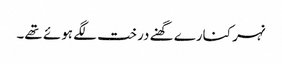
نہر کنارے گھنے درخت لگے ہوئے تھے۔